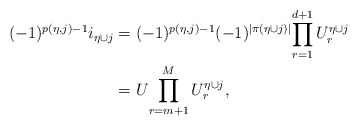
\begin{align*}(-1)^{p(\eta,j)-1} i_{\eta\cup j}&= (-1)^{p(\eta,j)-1} (-1)^{|\pi(\eta\cup j)|}{\prod_{r=1}^{d+1}U^{\eta\cup j}_{r}} \\&= U{\prod_{r=m+1}^M U^{\eta\cup j}_{r}}, \end{align*}